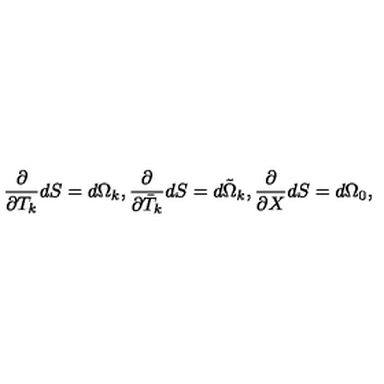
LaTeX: \frac { \partial } { \partial T _ { k } } d S = d \Omega _ { k } , \frac { \partial } { \partial \bar { T } _ { k } } d S = d \tilde { \Omega } _ { k } , \frac { \partial } { \partial X } d S = d \Omega _ { 0 } ,